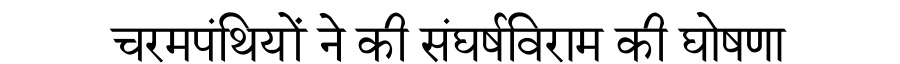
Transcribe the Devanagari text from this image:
चरमपंथियों ने की संघर्षविराम की घोषणा